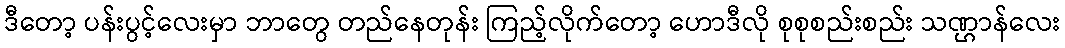
ဒီတော့ ပန်းပွင့်လေးမှာ ဘာတွေ တည်နေတုန်း ကြည့်လိုက်တော့ ဟောဒီလို စုစုစည်းစည်း သဏ္ဌာန်လေး